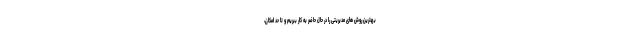
بهترین روش های مدیریتی را در حال حاضر به کار ببریم و تا حد امکان،